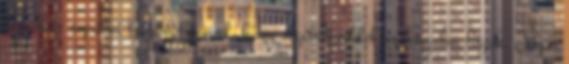
repülni, repülni Bízom benned, hogy segítségeddel szárnyalni fogok. Jézus